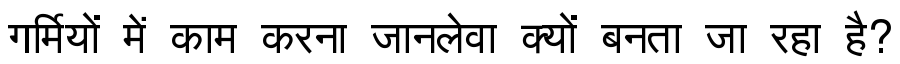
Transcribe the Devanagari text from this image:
गर्मियों में काम करना जानलेवा क्यों बनता जा रहा है?